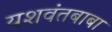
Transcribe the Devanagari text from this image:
यशवंतबाबा